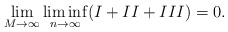
\begin{align*}\lim_{M\rightarrow\infty}\liminf_{n\rightarrow\infty} (I + II + III) = 0 .\end{align*}